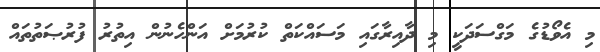
މި އެވޯޑުގެ މަގްސަދަކީ މި ދާއިރާގައި މަސައްކަތް ކުރުމަށް އަންހެނުން އިތުރު ފުރުޞަތުތައް